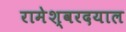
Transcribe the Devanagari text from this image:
रामेश्वरदयाल